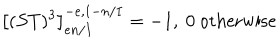
\left[ ( S T ) ^ { 3 } \right] _ { e n / I } ^ { - e , 1 - n / I } = - 1 , \ 0 \mathrm { ~ o t h e r w i s e }